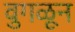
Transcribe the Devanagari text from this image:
वुगळून